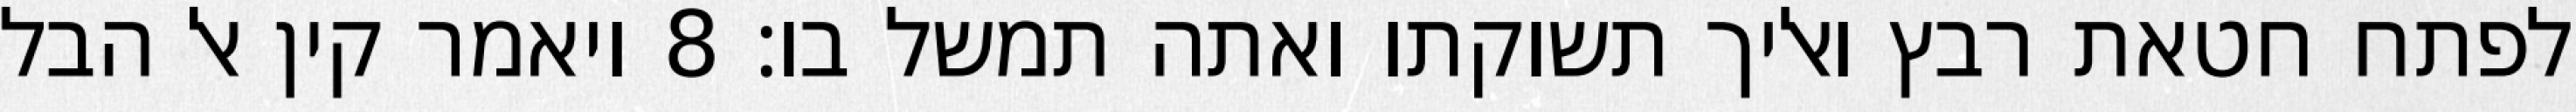
לפתח חטאת רבץ ואליך תשוקתו ואתה תמשל בו׃ ‎8‏ ויאמר קין אל הבל